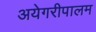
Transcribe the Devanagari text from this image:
अयेगरीपालम